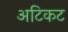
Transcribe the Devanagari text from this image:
अटिकट